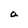
Character: a